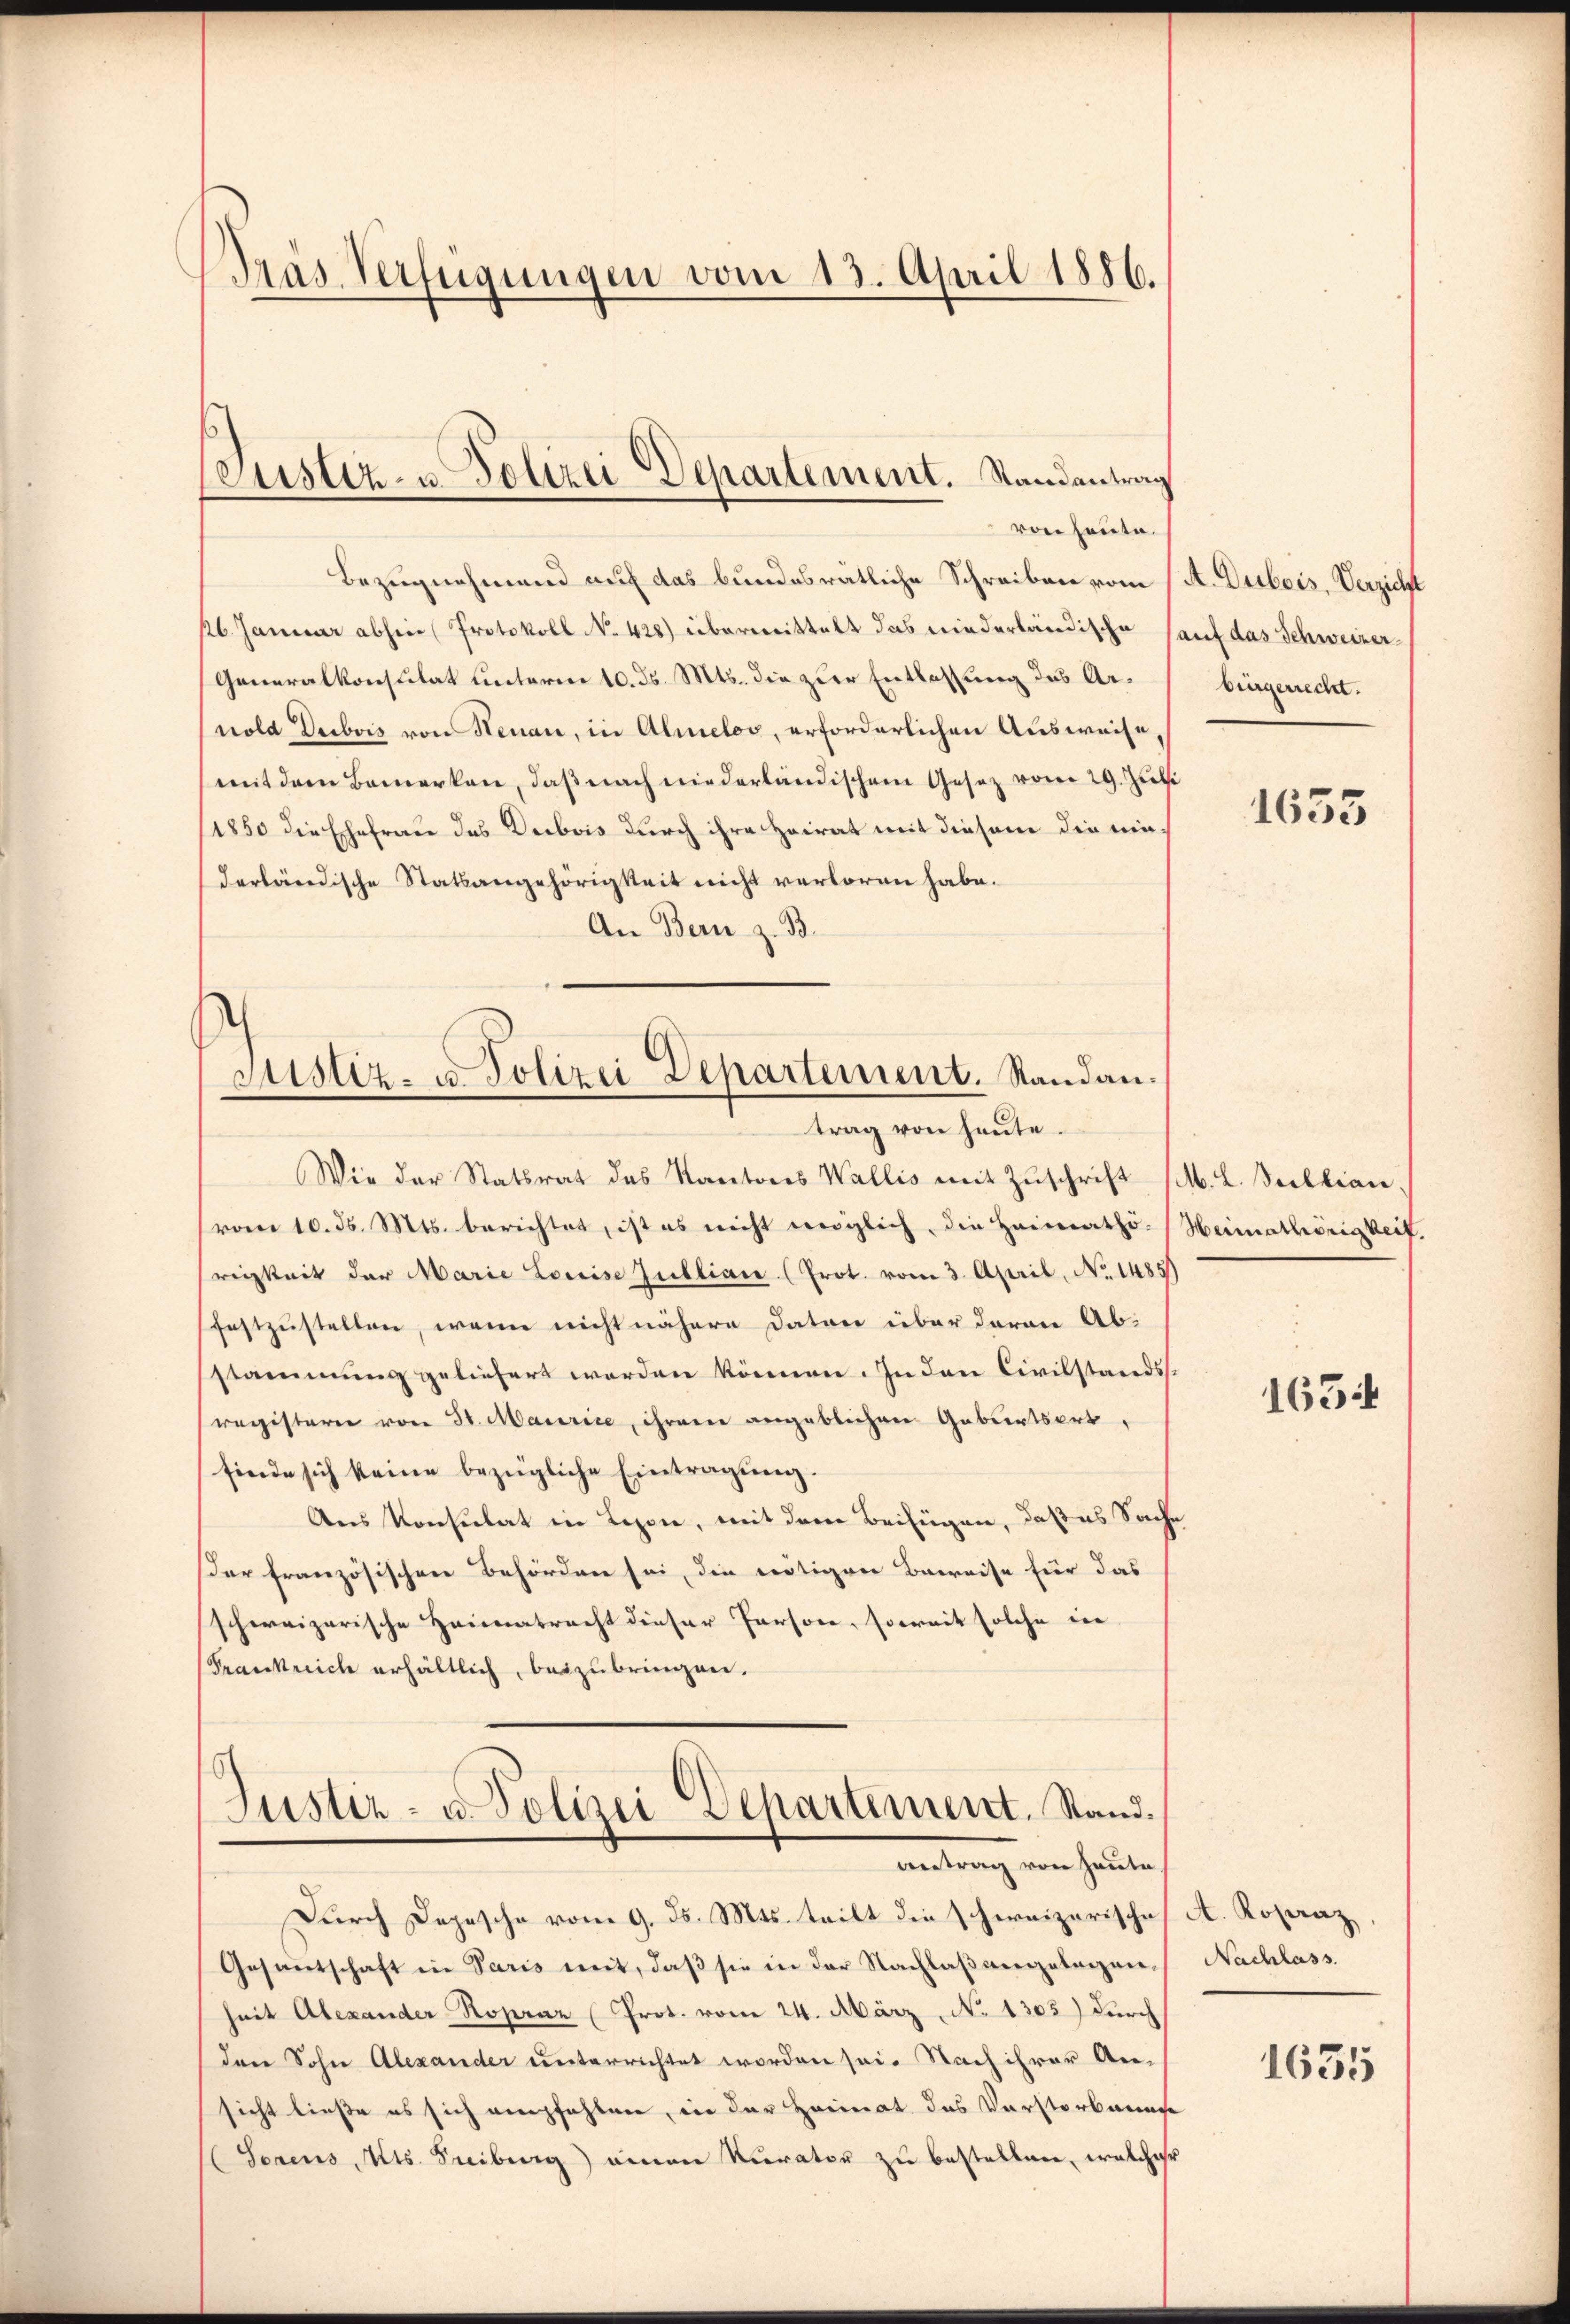
Bras Verfügungen vom 13. April 1886.

Bezugnahmend auf das bundesrätliche Schreiben vom (A. Dubois, Verzicht
26. Januar abhin (Protokoll No 428) übermittelt das niederländische auf das Schweizer¬
Generalkonsulat unterm 10. ds. Mts. die zur Entlassung des Arnold Deibois von Henau, in Almelos, erforderlichen Ausweise,
mit dem Bemerken, daß nach niederländischem Gesetz vom 29. Juli
1850 die Ehefrau das Dubois durch ihre Heirat mit diesem die nie¬
Ierländische Statsangehörigkeit nicht verloren habe.
An Bern z. B.
Justiz- u. Polizei Departement. Standan¬

(Justiz- u Polizei Departement. Randantrag
von heute.

trag von heute.

Wie der Statsrat des Kantons Wallis mit Zuschrift (M. L. Julian
vom 10. ds. Mts. berichtet, ist es nicht möglich, die Heimaths- (Heimathörigkeit.
rigkeit der Marie Louise Zulliane (Prot. vom 3. April, No. 1485)
festzustellen, wenn nicht nähere Dator über deren Abstammung geliefert werden können. In den Civilstandsregisterie von 30. Maurice, ihrem angeblichen Geburtsort,
finde sich keine bezügliche Eintragung.
Aus Konsulat in Lezon, mit dem Beifügen, daß es Sache
der französischen Behörden sei, die Fertigen Beweise für das
schweizerische Heimatracht dieser Persone, soweit solche in
Frankreich erhältlich, beizubringen.
Justiz- u. Polizei Departement. Stand.

antrag von heute.

Durch Depesche vom 9. d. Mts. teilt die schweizerische A. Koperaz
Gesantschaft in Paris mit, daß sie in der Nachlaßangelegenheit Alexander Kopraz (Prot. vom 24. März, No 1303) durch
den Sohn Alexander unterrichtet worden sei. Nach ihrer Ansicht ließe es sich empfehlen, in der Heimat des Verstorbnung
(Serens Mts. Freiberg) einen Kurator zu bestellen, welcher

bürgerrecht.

1635

1654

Nachlass.

1635